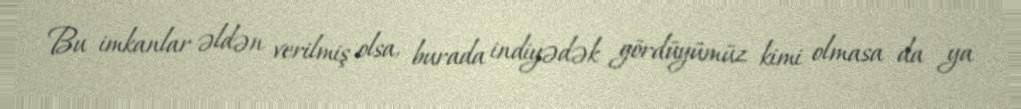
Bu imkanlar əldən verilmiş olsa, burada indiyədək gördüyümüz kimi olmasa da ya